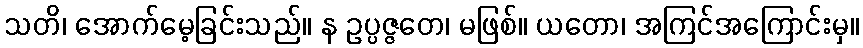
သတိ၊ အောက်မေ့ခြင်းသည်။ န ဥပ္ပဇ္ဇတေ၊ မဖြစ်။ ယတော၊ အကြင်အကြောင်းမှ။